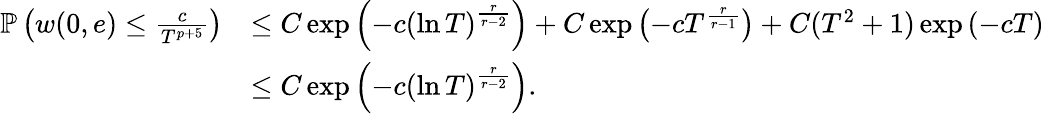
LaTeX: \begin{array}{rl}{\mathbb{P}\left(w(0,e)\leq\frac{c}{T^{p+5}}\right)}&{\leq C\exp\left(-c\left(\ln T\right)^{\frac{r}{r-2}}\right)+C\exp\left(-cT^{\frac{r}{r-1}}\right)+C(T^{2}+1)\exp\left(-cT\right)}\\ &{\leq C\exp\left(-c\left(\ln T\right)^{\frac{r}{r-2}}\right).}\end{array}